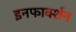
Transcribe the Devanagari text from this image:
इनफार्क्शन